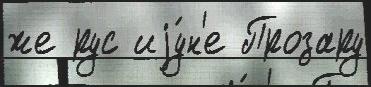
же рус иjу́н'е Прозару